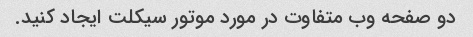
دو صفحه وب متفاوت در مورد موتور سیکلت ایجاد کنید.